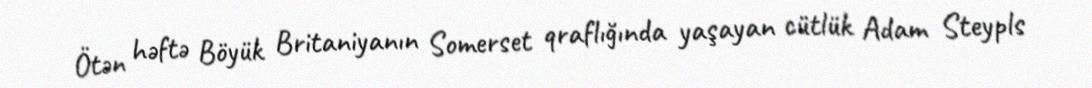
Ötən həftə Böyük Britaniyanın Somerset qraflığında yaşayan cütlük Adam Steypls